Annual returns of the Patna Lunatic Asylum at Bankipore in Bihar and Orissa - 1912-1924
Year: 1912
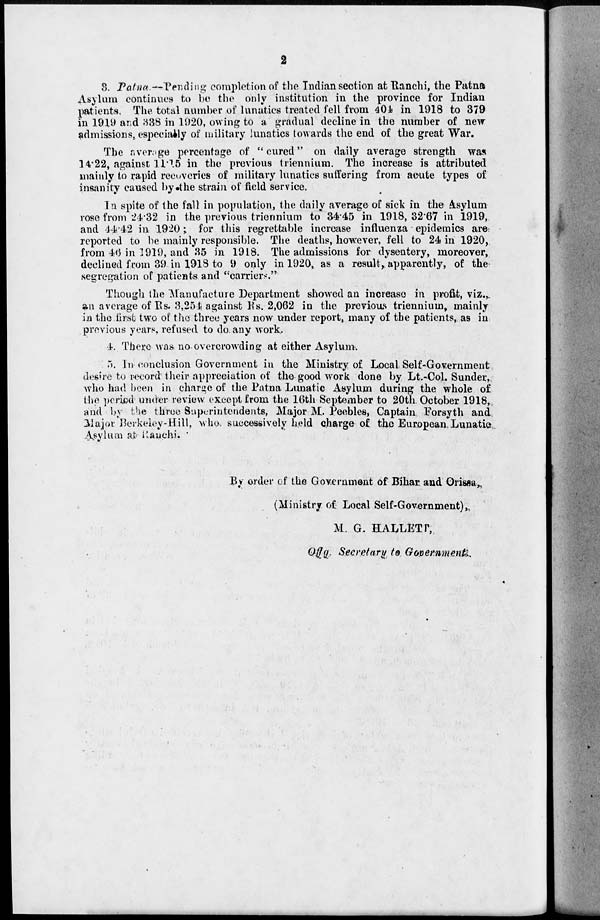
2
3. Patna.—Pending completion of the Indian section at Ranchi, the Patna
Asylum continues to be the only institution in the province for Indian
patients. The total number of lunatics treated fell from 404 in 1918 to 379
in 1919 and 338 in 1920, owing to a gradual decline in the number of new
admissions, especially of military lunatics towards the end of the great War.
The average percentage of " cured '' on daily average strength was
14.22, against 11.15 in the previous triennium. The increase is attributed
mainly to rapid recoveries of military lunatics suffering from acute types of
insanity caused by the strain of field service.
In spite of the fall in population, the daily average of sick in the Asylum
rose from 24.32 in the previous triennium to 34.45 in 1918, 32.67 in 1919,
and 44.42 in 1920; for this regrettable increase influenza epidemics are
reported to be mainly responsible. The deaths, however, fell to 24 in 1920,
from 46 in 1919, and 35 in 1918. The admissions for dysentery, moreover,
declined from 39 in 1918 to 9 only in 1920, as a result, apparently, of the
segregation of patients and "carriers."
Though the Manufacture Department showed an increase in profit, viz.,
an average of Rs. 3,254 against Rs. 2,062 in the previous triennium, mainly
in the first two of the three years now under report, many of the patients, as in
previous years, refused to do any work.
4. There was no overcrowding at either Asylum.
5. In conclusion Government in the Ministry of Local Self-Government
desire to record their appreciation of the good work done by Lt.-Col. Sunder,
who had been in charge of the Patna Lunatic Asylum during the whole of
the period under review except from the 16th September to 20th October 1918,
and by the three Superintendents, Major M. Peebles, Captain Forsyth and
Major Berkeley-Hill, who successively held charge of the European Lunatic
Asylum at Ranchi.
By order of the Government of Bihar and Orissa,
(Ministry of Local Self-Government),
M. G. HALLETT,
Offg. Secretary to Government